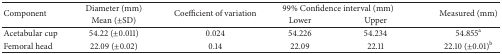
<table><thead><tr><td rowspan="2"><b>Component</b></td><td><b>Diameter (mm)</b></td><td rowspan="2"><b>Coefficient of variation</b></td><td colspan="2"><b>99% Confidence interval (mm)</b></td><td rowspan="2"><b>Measured (mm)</b></td></tr><tr><td><b>Mean (±SD)</b></td><td><b>Lower</b></td><td><b>Upper</b></td></tr></thead><tbody><tr><td>Acetabular cup</td><td>54.22 (±0.011)</td><td>0.024</td><td>54.226</td><td>54.234</td><td>54.855<sup>a</sup></td></tr><tr><td>Femoral head</td><td>22.09 (±0.02)</td><td>0.14</td><td>22.09</td><td>22.11</td><td>22.10 (±0.01)<sup>b</sup></td></tr></tbody></table>